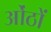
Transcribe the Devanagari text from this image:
ओंठों